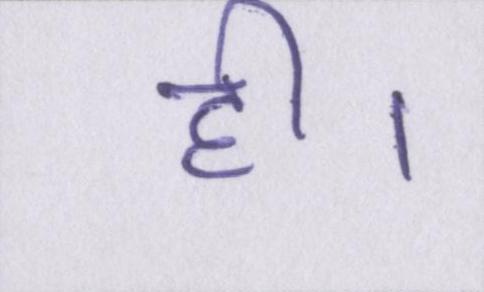
ही।